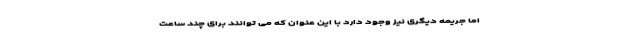
اما جریمه دیگری نیز وجود دارد با این عنوان که می توانند برای چند ساعت